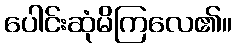
ပေါင်းဆုံမိကြလေ၏။